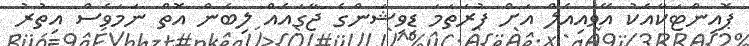
ޕޮއިންޓަކާއެކު އޭވައިއެލް އަށް ފުރަތަމަ ޑިވިޝަންގެ ޖާގައެއް ލިބެން އޮތް ނަމަވެސް އިތުރު